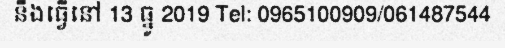
នឹងធ្វើនៅ 13 ធ្នូ 2019 Tel: 0965100909/061487544